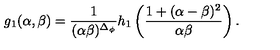
g _ { 1 } ( \alpha , \beta ) = \frac { 1 } { ( \alpha \beta ) ^ { \Delta _ { \phi } } } h _ { 1 } \left( \frac { 1 + ( \alpha - \beta ) ^ { 2 } } { \alpha \beta } \right) .